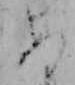
め